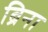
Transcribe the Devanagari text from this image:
ब्रिना